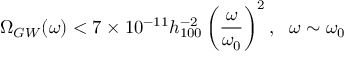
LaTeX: \Omega _ { G W } ( \omega ) < 7 \times 1 0 ^ { - 1 1 } h _ { 1 0 0 } ^ { - 2 } \left( \frac { \omega } { \omega _ { 0 } } \right) ^ { 2 } , ~ ~ \omega \sim \omega _ { 0 }